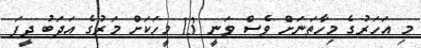
މި އަހަރުގެ މިހާތަނަށް ވެސް ވަނީ 13 މީހަކަށް މަރުގެ އަދަބު ދީފަ